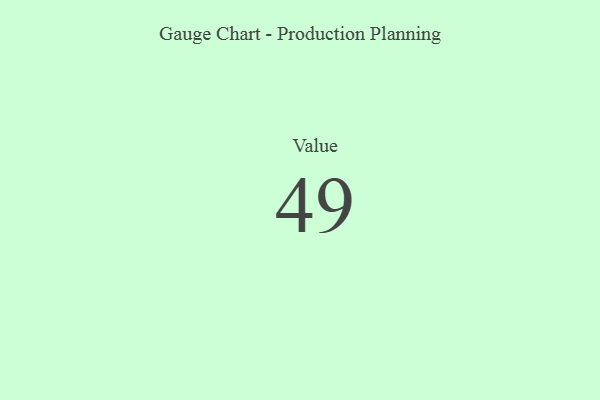
{"axis": {"x": "Metric", "y": "Value"}, "legend": [""], "data": [{"x": "Value", "y": 49, "type": ""}]}